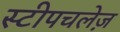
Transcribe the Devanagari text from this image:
स्टीपचलेज़